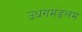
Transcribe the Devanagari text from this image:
उधगमंडलम